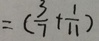
= ( \frac { 3 } { 7 } + \frac { 1 } { 1 1 } )